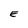
Character: E